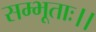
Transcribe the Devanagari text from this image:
सम्भूताः।।